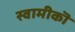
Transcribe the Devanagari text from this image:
स्वामीकॊ